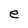
Character: e